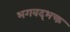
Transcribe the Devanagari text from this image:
भगवद्‌भक्त